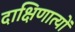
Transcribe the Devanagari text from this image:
दाक्षिणात्यों